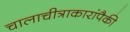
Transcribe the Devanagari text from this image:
चालाचीत्राकारांपैकी